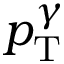
p _ { \mathrm { T } } ^ { \gamma }